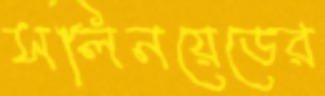
সলিনয়েডের